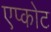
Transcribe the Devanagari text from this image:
एप्कोट